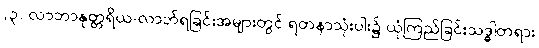
(၃) လာဘာနုတ္တရိယ-လာဘ်ရခြင်းအများတွင် ရတနာသုံးပါး၌ ယုံကြည်ခြင်းသဒ္ဓါတရား